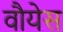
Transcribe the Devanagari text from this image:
वौयेस